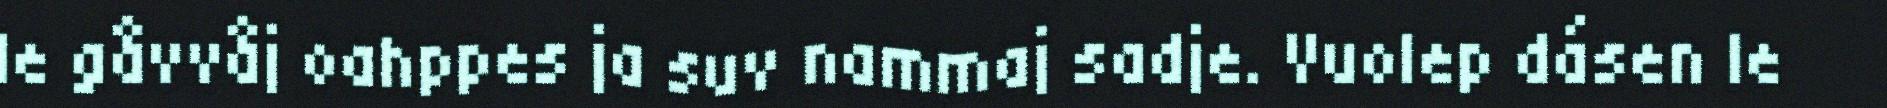
le gåvvåj oahppes ja suv nammaj sadje. Vuolep dásen le